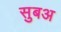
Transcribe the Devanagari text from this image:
सुबअ